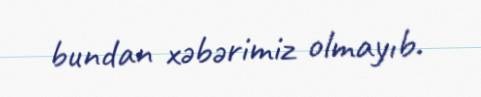
bundan xəbərimiz olmayıb.